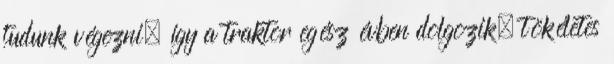
tudunk végezni, így a traktor egész évben dolgozik, tökéletes